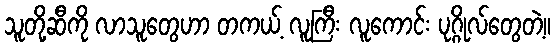
သူတို့ဆီကို လာသူတွေဟာ တကယ့် လူကြီး လူကောင်း ပုဂ္ဂိုလ်တွေတဲ့။